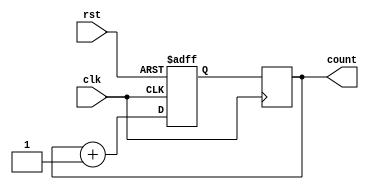
module counter_task(
    input wire clk,
    input wire rst,
    output reg [3:0] count
);

// Internal registers
reg [3:0] next_count;

// Behavior of the counter task
always @(posedge clk or posedge rst) begin
    if(rst) begin
        next_count <= 4'b0000;
    end else begin
        next_count <= count + 1;
    end
end

// Output assignment
always @(posedge clk) begin
    count <= next_count;
end

endmodule